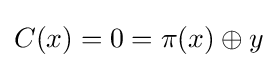
C(x)=0=\pi (x)\oplus y